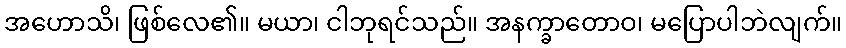
အဟောသိ၊ ဖြစ်လေ၏။ မယာ၊ ငါဘုရင်သည်။ အနက္ခာတောဝ၊ မပြောပါဘဲလျက်။